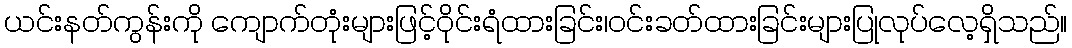
ယင်းနတ်ကွန်းကို ကျောက်တုံးများဖြင့်ဝိုင်းရံထားခြင်း၊ဝင်းခတ်ထားခြင်းများပြုလုပ်လေ့ရှိသည်။